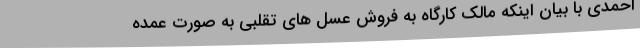
احمدی با بیان اینکه مالک کارگاه به فروش عسل های تقلبی به صورت عمده